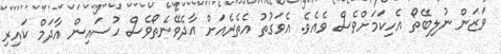
ވަޒަން ނުލިބޭތޯ އެހިކަމަށްވެސް ވެއެވެ. އެވަގުތު އެތެރެއަށް އާދެވޭނެތޯވެސް ޙުސައިން އާދަމް ކައިރި